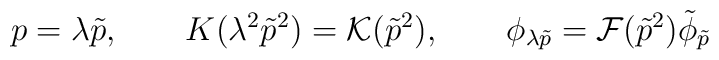
p=\lambda\tilde p,\qquad K(\lambda^2\tilde p^2)={\cal K}(\tilde p^2),        \qquad      \phi_{\lambda\tilde p}={\cal F}(\tilde p^2)\tilde\phi_{\tilde p}